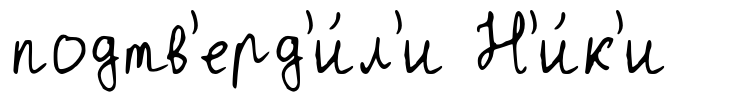
подтв'ерд'и́л'и Н'и́к'и